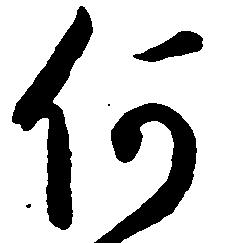
何